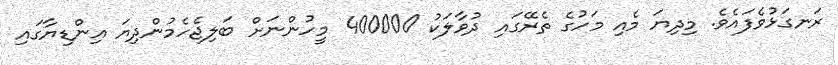
ރަނގަޅުވެފައެވެ. މިދިޔަ މެއި މަހުގެ ތެރޭގައި ދުވާލަކު 400000 މީހުންނަށް ބަލިޖެހެމުންދިޔަ އިންޑިޔާގައި